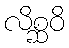
လိစ္ဆဝိ